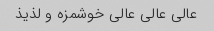
عالی عالی عالی خوشمزه و لذیذ